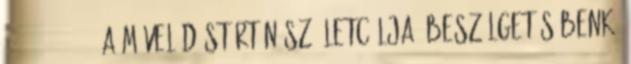
39 1978 . 72:4. A művelődéstörténész életcélja. Beszélgetés Benkő